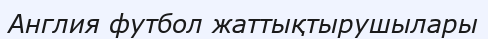
Англия футбол жаттықтырушылары